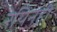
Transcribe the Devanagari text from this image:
रेपिनही